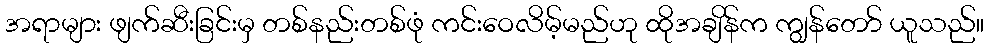
အရာများ ဖျက်ဆီးခြင်းမှ တစ်နည်းတစ်ဖုံ ကင်းဝေလိမ့်မည်ဟု ထိုအချိန်က ကျွန်တော် ယူသည်။